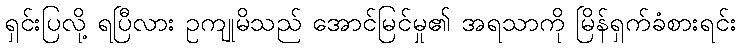
ရှင်းပြလို့ ရပြီလား ဥကျုမိသည် အောင်မြင်မှု၏ အရသာကို မြိန်ရှက်ခံစားရင်း